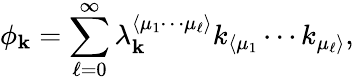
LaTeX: \phi_{\mathbf{k}}=\sum_{\ell=0}^{\infty}\lambda_{\mathbf{k}}^{\langle\mu_{1}\cdots\mu_{\ell}\rangle}k_{\langle\mu_{1}}\cdots k_{\mu_{\ell}\rangle},